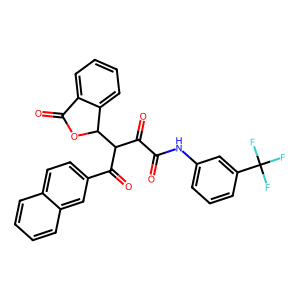
SMILES: O=C(Nc1cccc(C(F)(F)F)c1)C(=O)C(C(=O)c1ccc2ccccc2c1)C1OC(=O)c2ccccc21
Inhibits HIV replication: No